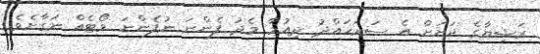
ރަޝިޔާގެ ދަށަށް އެ ސަރަހައްދު ދިއުމާ މެދު ފެންނަ ނުފެންނަ ވޯޓެއް ނަގާށެވެ.